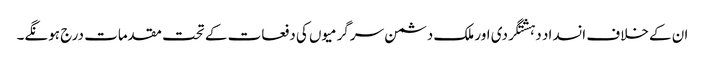
ان کے خلاف انسداد دہشتگردی اور ملک دشمن سرگرمیوں کی دفعات کے تحت مقدمات درج ہونگے۔